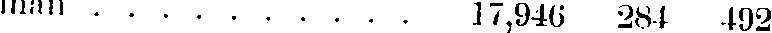
man . . . . . . . . . . 17,946 281 492